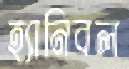
হ্যানিবল